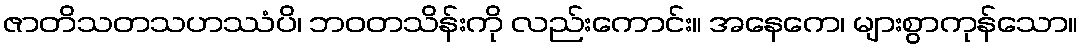
ဇာတိသတသဟဿံပိ၊ ဘဝတသိန်းကို လည်းကောင်း။ အနေကေ၊ များစွာကုန်သော။